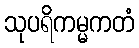
သုပရိကမ္မကတံ